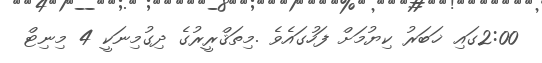
2:00ގައި ޚަބަރު ކިޔުމަށް ފަހުގައެވެ .މިތަޤްރީރުގެ ދިގުމިނަކީ 4 މިނިޓް